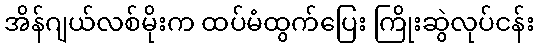
အိန်ဂျယ်လစ်မိုးက ထပ်မံထွက်ပြေး ကြိုးဆွဲလုပ်ငန်း